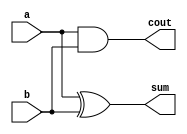
module halfAdder(input a,b, output sum,cout);
  // Data flow model of half adder
  assign sum = a^b;
  assign cout = (a&b);
endmodule